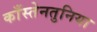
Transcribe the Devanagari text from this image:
काँस्तेनतुनिया